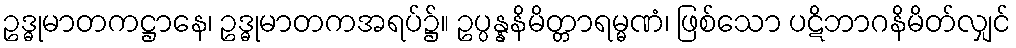
ဥဒ္ဓုမာတကဋ္ဌာနေ၊ ဥဒ္ဓုမာတကအရပ်၌။ ဥပ္ပန္နနိမိတ္တာရမ္မဏံ၊ ဖြစ်သော ပဋိဘာဂနိမိတ်လျှင်